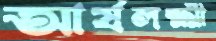
আর্যলক্ষ্মী